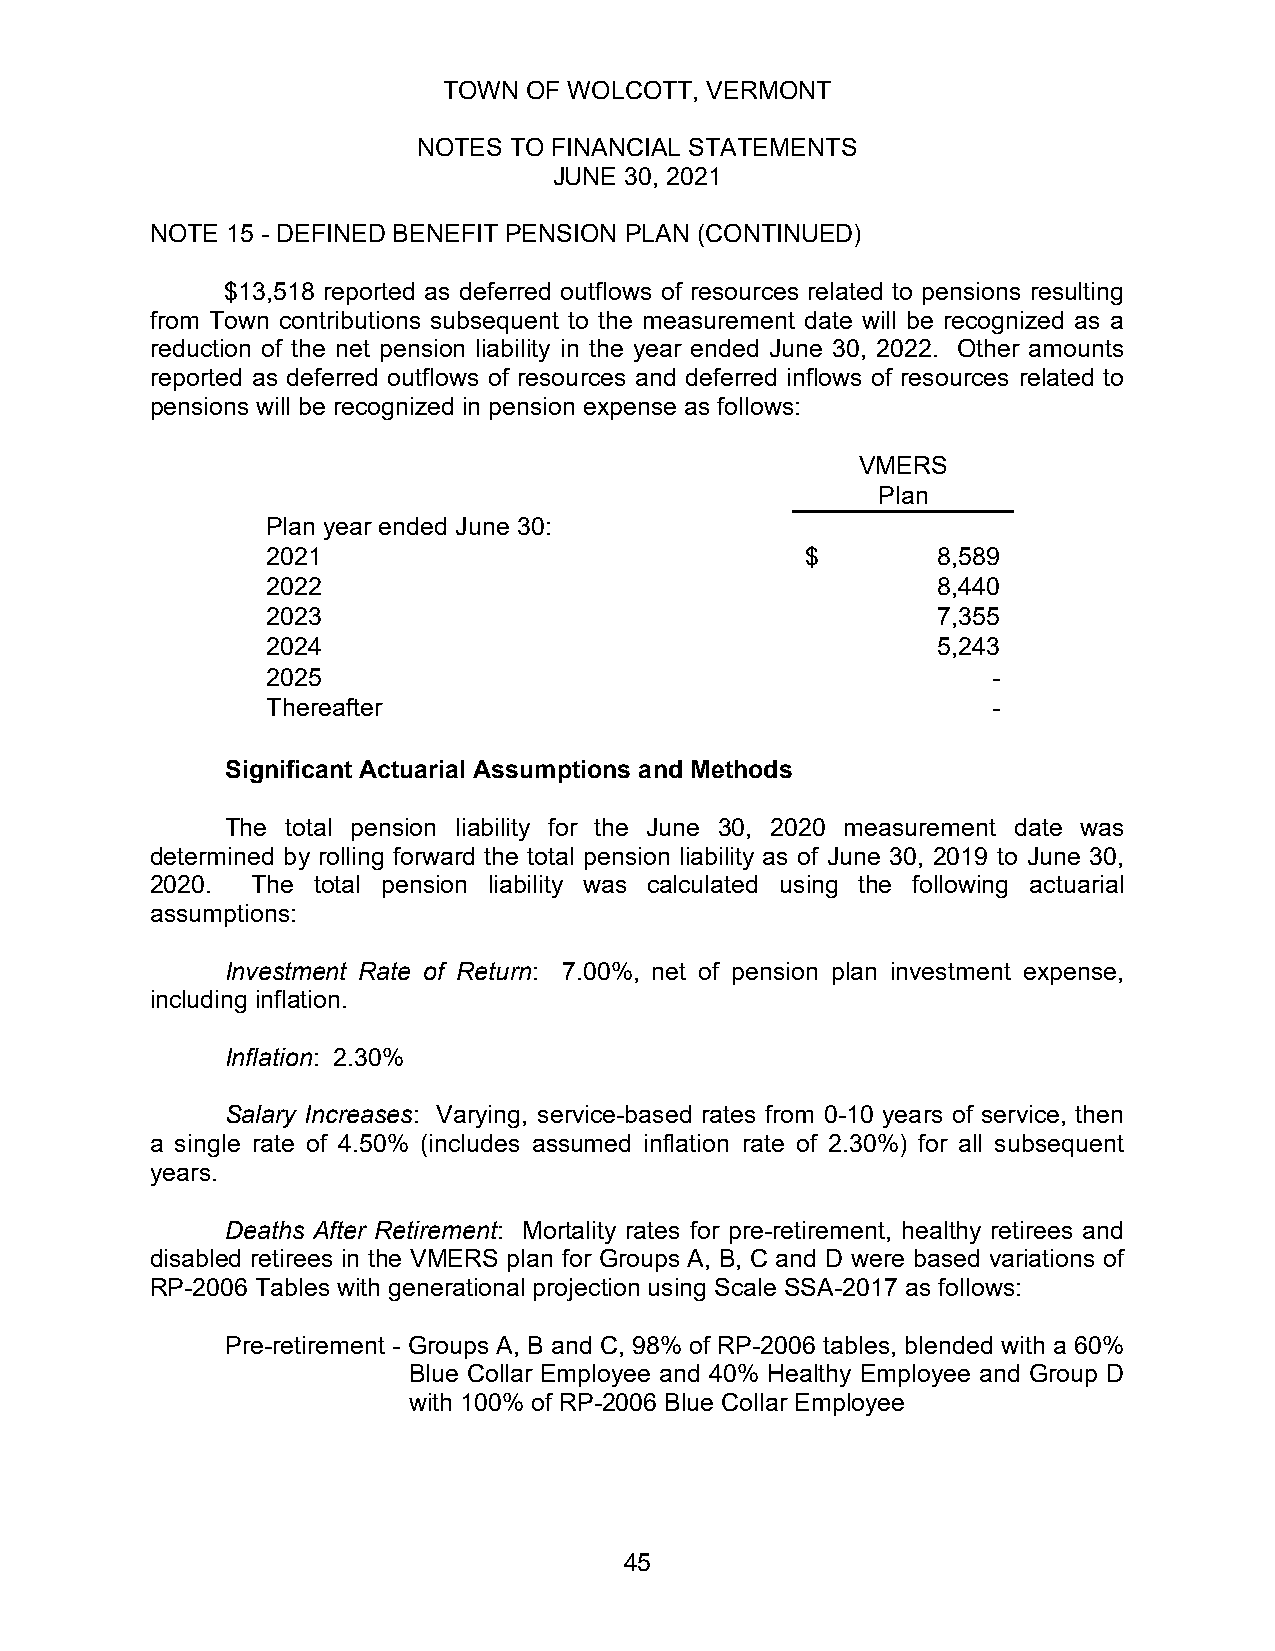
TOWN  OF WOLCOTT, VERMONT
 NOTES TO FINANCIAL STATEMENTS
 JUNE 30, 2021
 NOTE 15 - DEFINED BENEFIT PENSION PLAN (CONTINUED)
 $13,518 reported as deferred outflows of resources related to pensions resulting
 from Town contributions subsequent to the measurement date will be recognized as a
 reduction of the net pension liability in the year ended June 30, 2022. Other amounts
 reported as deferred outflows of resources and deferred inflows of resources related to
 pensions will be recognized in pension expense as follows:
 VMERS
 Plan
 Plan year ended June 30:
 2021                               $        8 ,589
 2022                                        8 ,440
 2023                                        7 ,355
 2024                                        5 ,243
 2025                                            -
 Thereafter                                      -
 Significant Actuarial Assumptions and Methods
 The total pension liability for the June 30, 2020 measurement date was
 determined by rolling forward the total pension liability as of June 30, 2019 to June 30,
 2020.  The total pension liability was calculated using the following actuarial
 assumptions:
 Investment Rate of Return: 7.00%, net of pension plan investment expense,
 including inflation.
 Inflation: 2.30%
 Salary Increases: Varying, service-based rates from 0-10 years of service, then
 a single rate of 4.50% (includes assumed inflation rate of 2.30%) for all subsequent
 years.
 Deaths After Retirement: Mortality rates for pre-retirement, healthy retirees and
 disabled retirees in the VMERS plan for Groups A, B, C and D were based variations of
 RP-2006 Tables with generational projection using Scale SSA-2017 as follows:
 Pre-retirement - Groups A, B and C, 98% of RP-2006 tables, blended with a 60%
 Blue Collar Employee and 40% Healthy Employee and Group D
 with 100% of RP-2006 Blue Collar Employee
 45